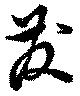
発